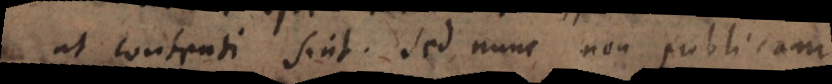
ut contenti sint. Sed nunc non publicam